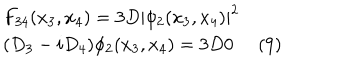
\begin{array} { l r } { { F _ { 3 4 } ( x _ { 3 } , x _ { 4 } ) = 3 D | \phi _ { 2 } ( x _ { 3 } , x _ { 4 } ) | ^ { 2 } } } & { { } } \\ { { ( D _ { 3 } - i D _ { 4 } ) \phi _ { 2 } ( x _ { 3 } , x _ { 4 } ) = 3 D 0 } } & { { \hspace { 6 . 4 c m } ( 9 ) } } \\ \end{array}